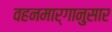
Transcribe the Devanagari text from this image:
वहनमार्गानुसार